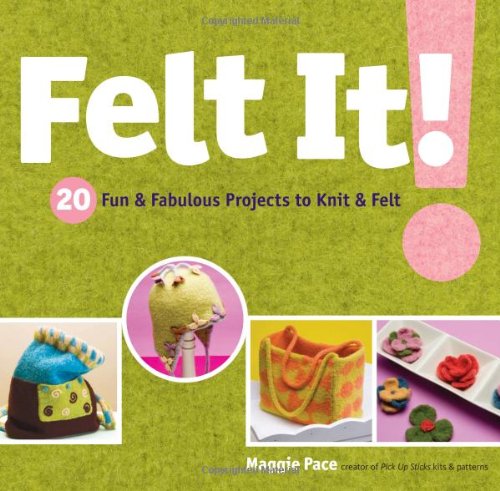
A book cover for Felt It!: 20 Fun & Fabulous Projects to Knit & Felt; Maggie Pace; Crafts, Hobbies & Home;